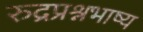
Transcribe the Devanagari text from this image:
रुद्रप्रश्नभाष्य